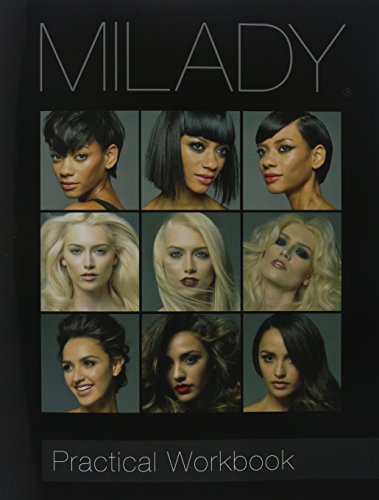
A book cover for Practical Workbook for Milady Standard Cosmetology; Milady; Health, Fitness & Dieting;